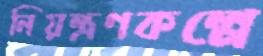
নিয়ন্ত্রণকল্পে